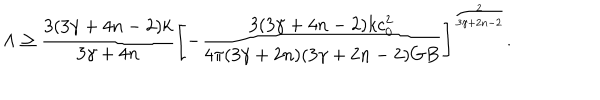
LaTeX: \Lambda \geq { \frac { 3 ( 3 \gamma + 4 n - 2 ) k } { 3 \gamma + 4 n } } \left[ - { \frac { 3 ( 3 \gamma + 4 n - 2 ) k c _ { 0 } ^ { 2 } } { 4 \pi ( 3 \gamma + 2 n ) ( 3 \gamma + 2 n - 2 ) G B } } \right] ^ { \frac { 2 } { 3 \gamma + 2 n - 2 } } .